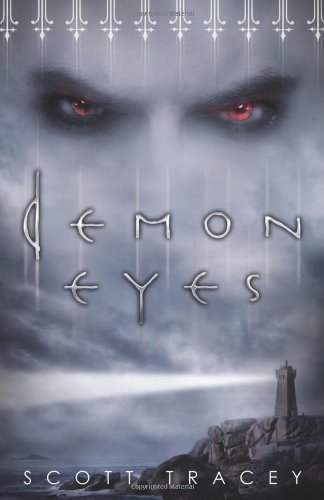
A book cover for Demon Eyes (Witch Eyes); Scott Tracey; Teen & Young Adult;